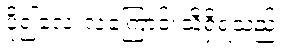
ပို၍လေးလံကြောင်းသိရှိရသည်။